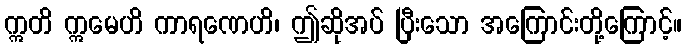
ဣတိ ဣမေဟိ ကာရဏေဟိ၊ ဤဆိုအပ် ပြီးသော အကြောင်းတို့ကြောင့်။